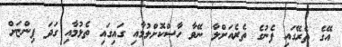
އޭގެ ތެރޭގައި ފެނުގެ ތެރެއަށްލާ ނޭވާ ހާސްކޮށްލުމާއި ގައިގައި ތެޅުމާއި ގަދަ ފިންޏަށް